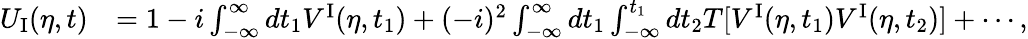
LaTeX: \begin{array}{rl}{U_{\mathrm{I}}(\eta,t)}&{=1-i\int_{-\infty}^{\infty}dt_{1}V^{\mathrm{I}}(\eta,t_{1})+(-i)^{2}\int_{-\infty}^{\infty}dt_{1}\int_{-\infty}^{t_{1}}dt_{2}T[V^{\mathrm{I}}(\eta,t_{1})V^{\mathrm{I}}(\eta,t_{2})]+\cdots,}\end{array}